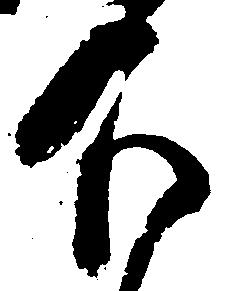
下